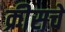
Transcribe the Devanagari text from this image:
क्रीसचे